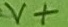
Text: V+